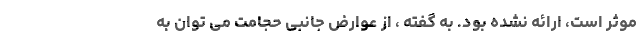
موثر است، ارائه نشده بود. به گفته ، از عوارض جانبی حجامت می توان به